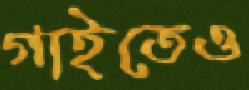
গাইতেও